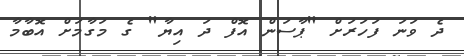
ދެ ވަނަ ފަހަރަށް "ޕާސަން އޮފް ދަ އިޔާ" ގެ މަގާމަށް އޮބާމާ